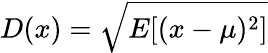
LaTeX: D(x)={\sqrt{E[(x-\mu)^{2}]}}